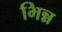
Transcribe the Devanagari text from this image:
भिन्न